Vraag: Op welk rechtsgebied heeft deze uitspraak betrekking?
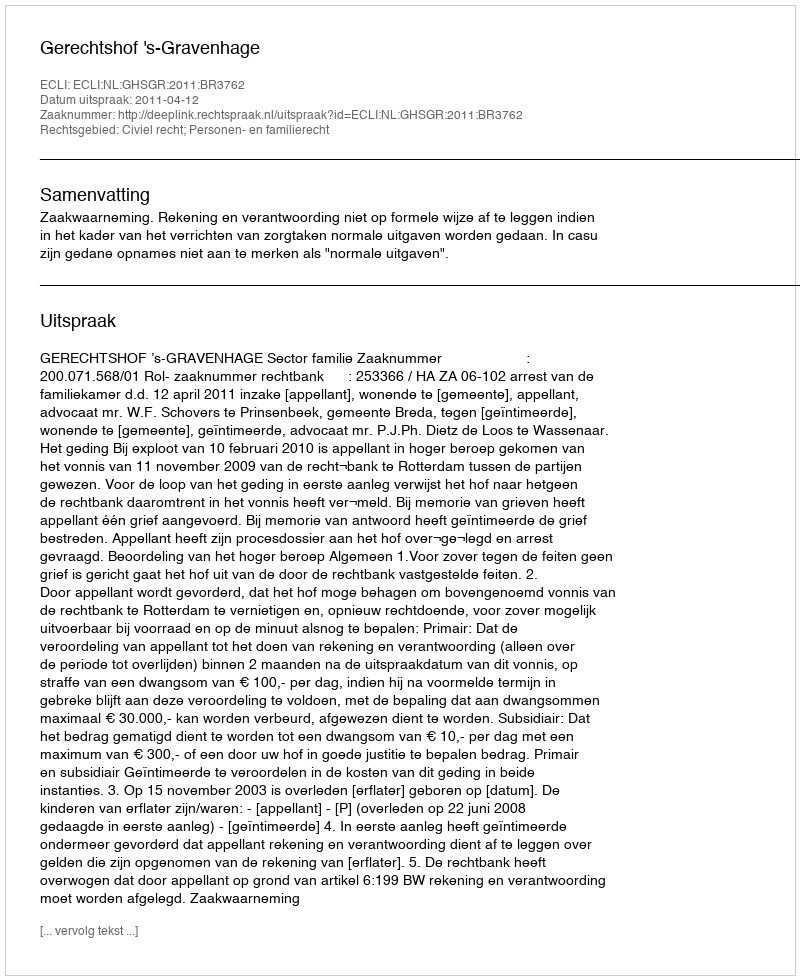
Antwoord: Civiel recht; Personen- en familierecht